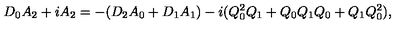
D _ { 0 } A _ { 2 } + i A _ { 2 } = - ( D _ { 2 } A _ { 0 } + D _ { 1 } A _ { 1 } ) - i ( Q _ { 0 } ^ { 2 } Q _ { 1 } + Q _ { 0 } Q _ { 1 } Q _ { 0 } + Q _ { 1 } Q _ { 0 } ^ { 2 } ) ,